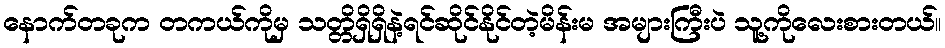
နောက်တခုက တကယ်ကိုမှ သတ္တိရှိရှိနဲ့ရင်ဆိုင်နိုင်တဲ့မိန်းမ အများကြီးပဲ သူ့ကိုလေးစားတယ်။